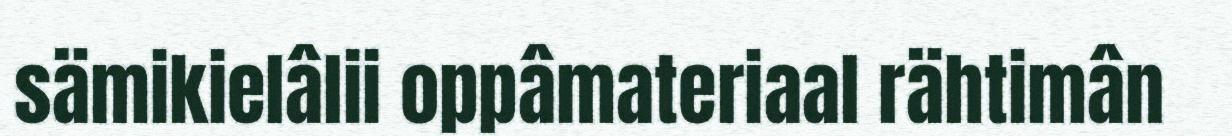
sämikielâlii oppâmateriaal rähtimân